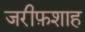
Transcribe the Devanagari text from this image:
जरीफ़शाह